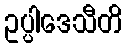
ဥပ္ပါဒေသီတိ